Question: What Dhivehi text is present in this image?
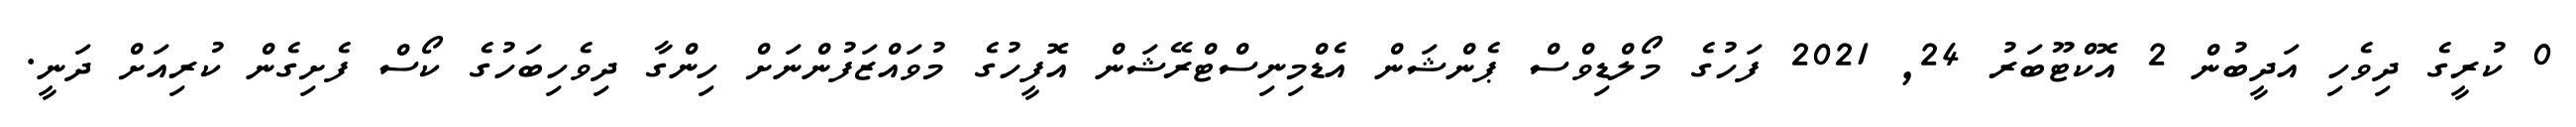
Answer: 0 ކުރީގެ ދިވެހި އަދީބުން 2 އޮކްޓޫބަރު 24, 2021 ފަހުގެ މޯލްޑިވްސް ޕެންޝަން އެޑްމިނިސްޓްރޭޝަން އޮފީހުގެ މުވައްޒަފުންނަށް ހިންގާ ދިވެހިބަހުގެ ކޯސް ފެށިގެން ކުރިއަށް ދަނީ.